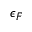
\epsilon _ { F }